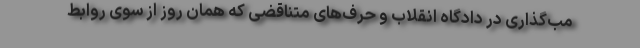
مب‌گذاری در دادگاه انقلاب و حرف‌های متناقضی که همان روز از سوی روابط